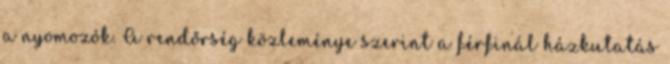
a nyomozók. A rendőrség közleménye szerint a férfinál házkutatás